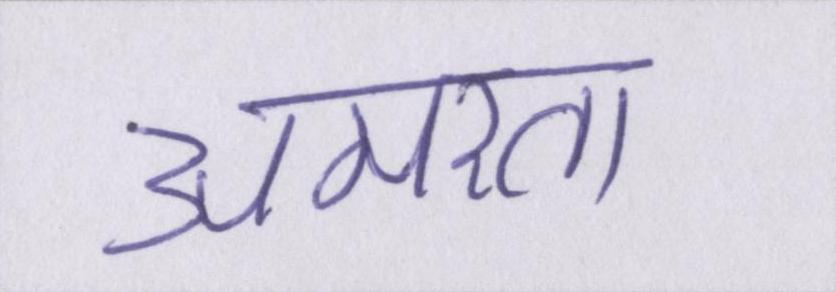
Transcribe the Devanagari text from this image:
अमरता